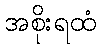
အစိုးရထံ